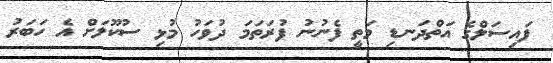
ފައިސަލްގެ އަތްދަނޑި މަތީ ފެނުނު ފުރަތަމަ ދުވަހު މުޅި ސުކޫލަށް އެ ހަބަރު